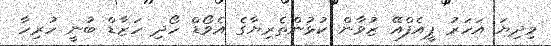
މިދިޔަ އަހަރު ޕީއެފްއޭ ޒުވާން ކުޅުންތެރިޔާގެ އެވޯޑް ހޯދި ހަޒާޑް ބުނީ ހުރިހާ